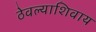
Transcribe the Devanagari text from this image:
ठेवल्याशिवाय